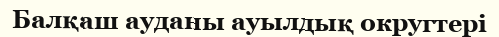
Балқаш ауданы ауылдық округтері